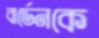
বার্ডেনকে